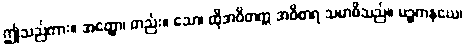
ဤသည်ကား။ အတ္ထော၊ တည်း။ သော၊ ထိုအဝိတက္က အဝိစာရ သမာဓိသည်။ ပဉ္စကနယေ၊